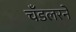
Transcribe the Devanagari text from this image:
चँडलरने